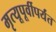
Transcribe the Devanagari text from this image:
मृत्यूपूर्वीपर्यंत